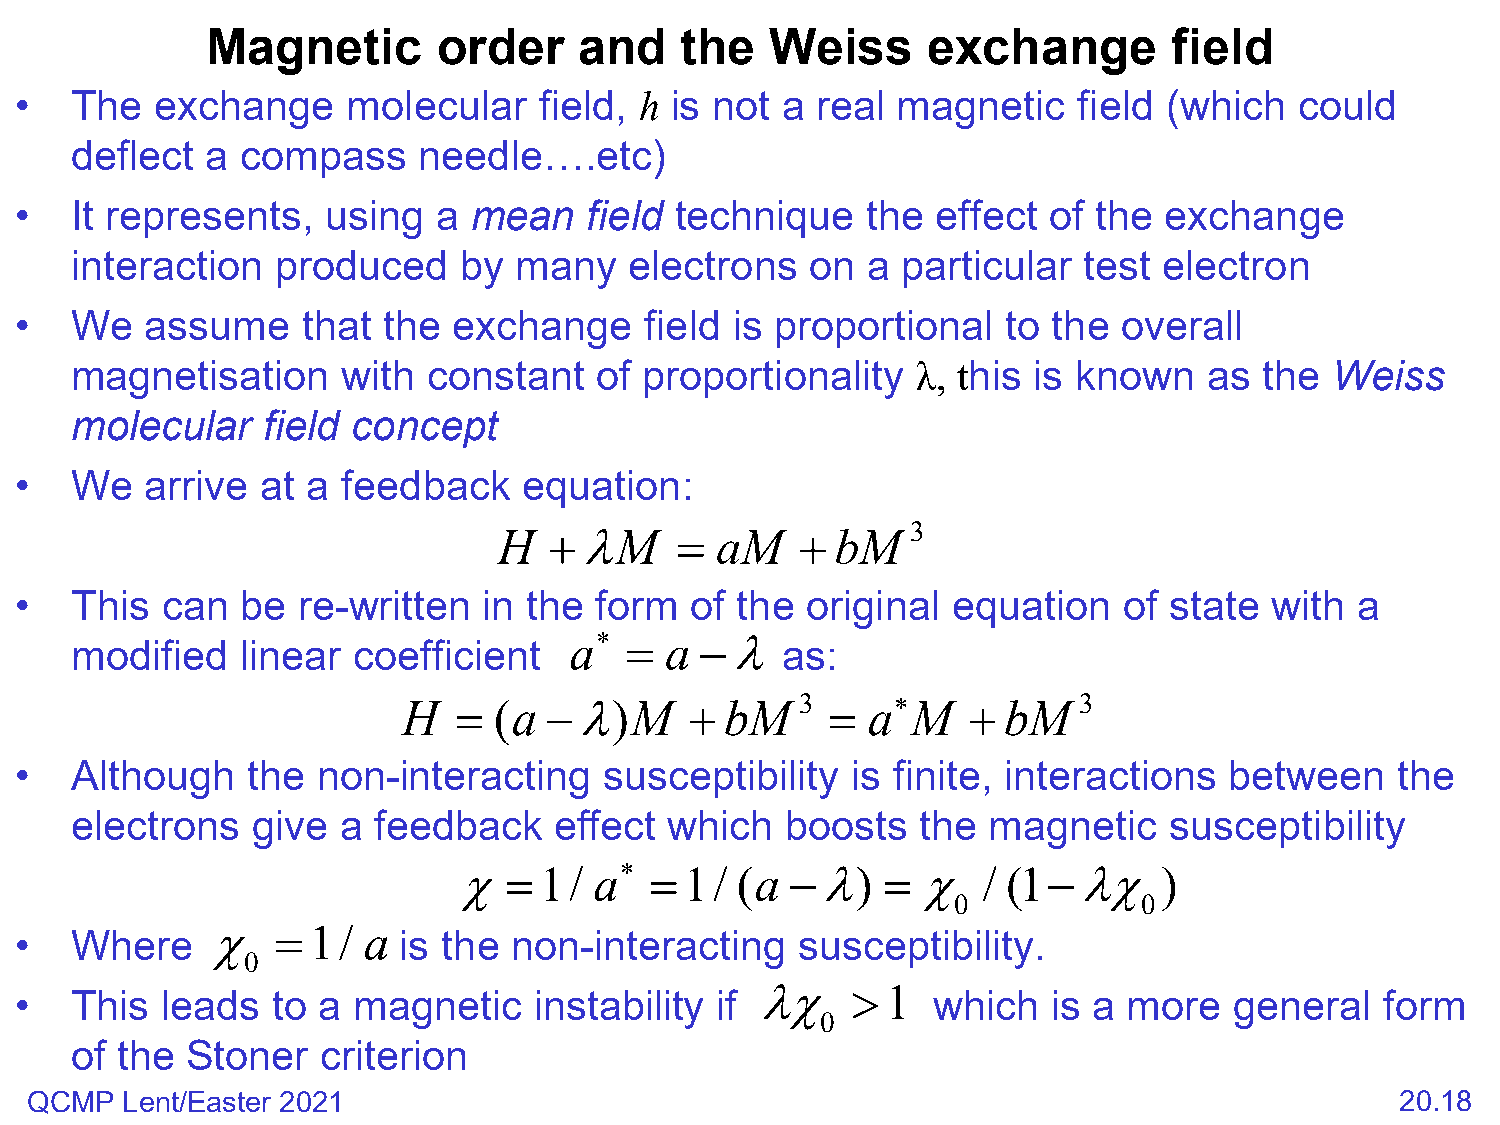
Magnetic       order    and    the   Weiss     exchange         field
 •   The  exchange     molecular    field, h is not a real magnetic    field (which   could
 deflect  a compass     needle….etc)
 •   It represents,   using  a mean    field technique   the  effect of  the exchange
 interaction  produced    by  many    electrons   on a  particular  test electron
 •   We   assume    that the  exchange     field is proportional   to the overall
 magnetisation     with constant   of  proportionality   λ, this is known   as  the Weiss
 molecular   field concept
 •   We   arrive at a  feedback    equation:
 H  +λM      = aM    + bM   3
 •   This  can  be  re-written  in the form   of the original  equation   of state  with  a
 a∗ =  a −λ
 modified   linear coefficient                  as:
 H  =  (a −λ)M      + bM   3 = a∗ M   + bM   3
 •   Although   the  non-interacting    susceptibility  is finite, interactions  between     the
 electrons   give a  feedback    effect which   boosts   the  magnetic   susceptibility
 χ=1/     a∗  =1/   (a −λ)    = χ   / (1−λχ     )
 0            0
 χ   =1/   a
 •   Where                is the  non-interacting    susceptibility.
 0
 λχ    >1
 •   This  leads  to a magnetic    instability if             which   is a more   general   form
 0
 of the Stoner   criterion
 QCMP  Lent/Easter 2021                                                                     20.18